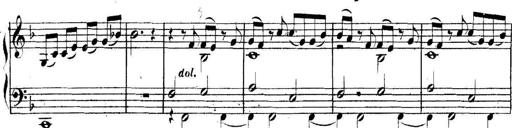
Title: Collected Piano Sonatas
Composer: Muzio Clementi